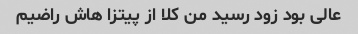
عالی بود زود رسید من کلا از پیتزا هاش راضیم